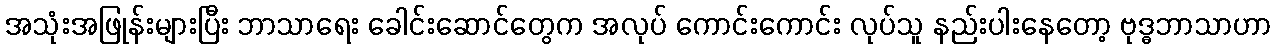
အသုံးအဖြုန်းများပြီး ဘာသာရေး ခေါင်းဆောင်တွေက အလုပ် ကောင်းကောင်း လုပ်သူ နည်းပါးနေတော့ ဗုဒ္ဓဘာသာဟာ